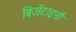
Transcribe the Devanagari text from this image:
बिजेंटाइनों